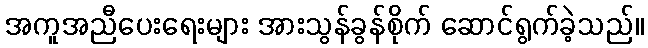
အကူအညီပေးရေးများ အားသွန်ခွန်စိုက် ဆောင်ရွက်ခဲ့သည်။